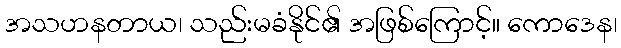
အသဟနတာယ၊ သည်းမခံနိုင်၏ အဖြစ်ကြောင့်။ ကောဒေန၊